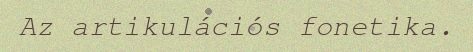
Az artikulációs fonetika.